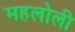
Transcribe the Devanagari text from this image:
महलोली